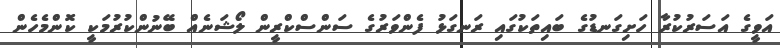
އަވީގެ އަސަރުކުރާ ހަށިގަނޑުގެ ބައިތަކުގައި ރަނގަޅު ފެންވަރުގެ ސަންސްކްރީން ލޯޝަނެއް ބޭނުންކުރުމަކީ ކޮންމެހެން